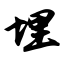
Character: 埋